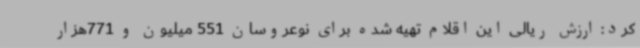
کرد: ارزش ریالی این اقلام‌ تهیه شده برای نوعروسان 551 میلیون و 771هزار